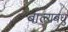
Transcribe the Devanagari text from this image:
बाल्यबंधु